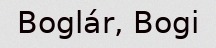
Boglár, Bogi